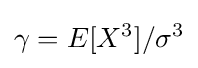
\gamma =E[X^{3}]/\sigma ^{3}